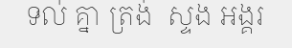
ទល់ គ្នា ត្រង់  ស្ទង អង្គរ